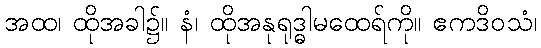
အထ၊ ထိုအခါ၌။ နံ၊ ထိုအနုရုဒ္ဓါမထေရ်ကို။ ဧကဒိဝသံ၊